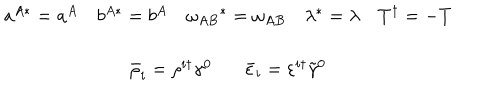
\begin{array} { c } { { a ^ { A * } = a ^ { A } ~ b ^ { A * } = b ^ { A } ~ \omega _ { A B } { } ^ { * } = \omega _ { A B } ~ \lambda ^ { * } = \lambda ~ T ^ { \dagger } = - T } } \\ { { { } } } \\ { { \bar { \rho } _ { i } = \rho ^ { i \dagger } \gamma ^ { 0 } ~ \bar { \varepsilon } _ { i } = \varepsilon ^ { i \dagger } \tilde { \gamma } ^ { 0 } } } \\ \end{array}